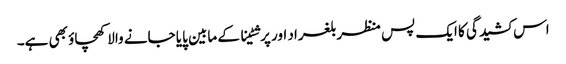
اس کشیدگی کا ایک پس منظر بلغراد اور پرشٹینا کے مابین پایا جانے والا کھچاؤ بھی ہے۔